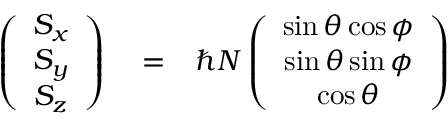
\begin{array} { r l r } { \left( \begin{array} { c } { S _ { x } } \\ { S _ { y } } \\ { S _ { z } } \end{array} \right) } & { { } = } & { \hbar N \left( \begin{array} { c } { \sin \theta \cos \phi } \\ { \sin \theta \sin \phi } \\ { \cos \theta } \end{array} \right) } \end{array}